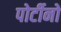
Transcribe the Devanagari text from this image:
पोर्टीनो